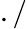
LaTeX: ./